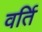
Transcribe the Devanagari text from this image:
वर्ति